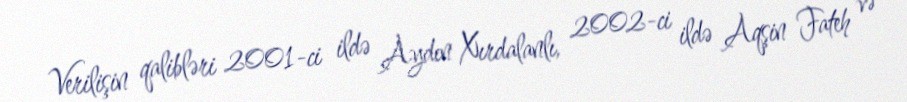
Verilişin qalibləri 2001-ci ildə Aydın Xırdalanlı, 2002-ci ildə Aqşin Fateh və